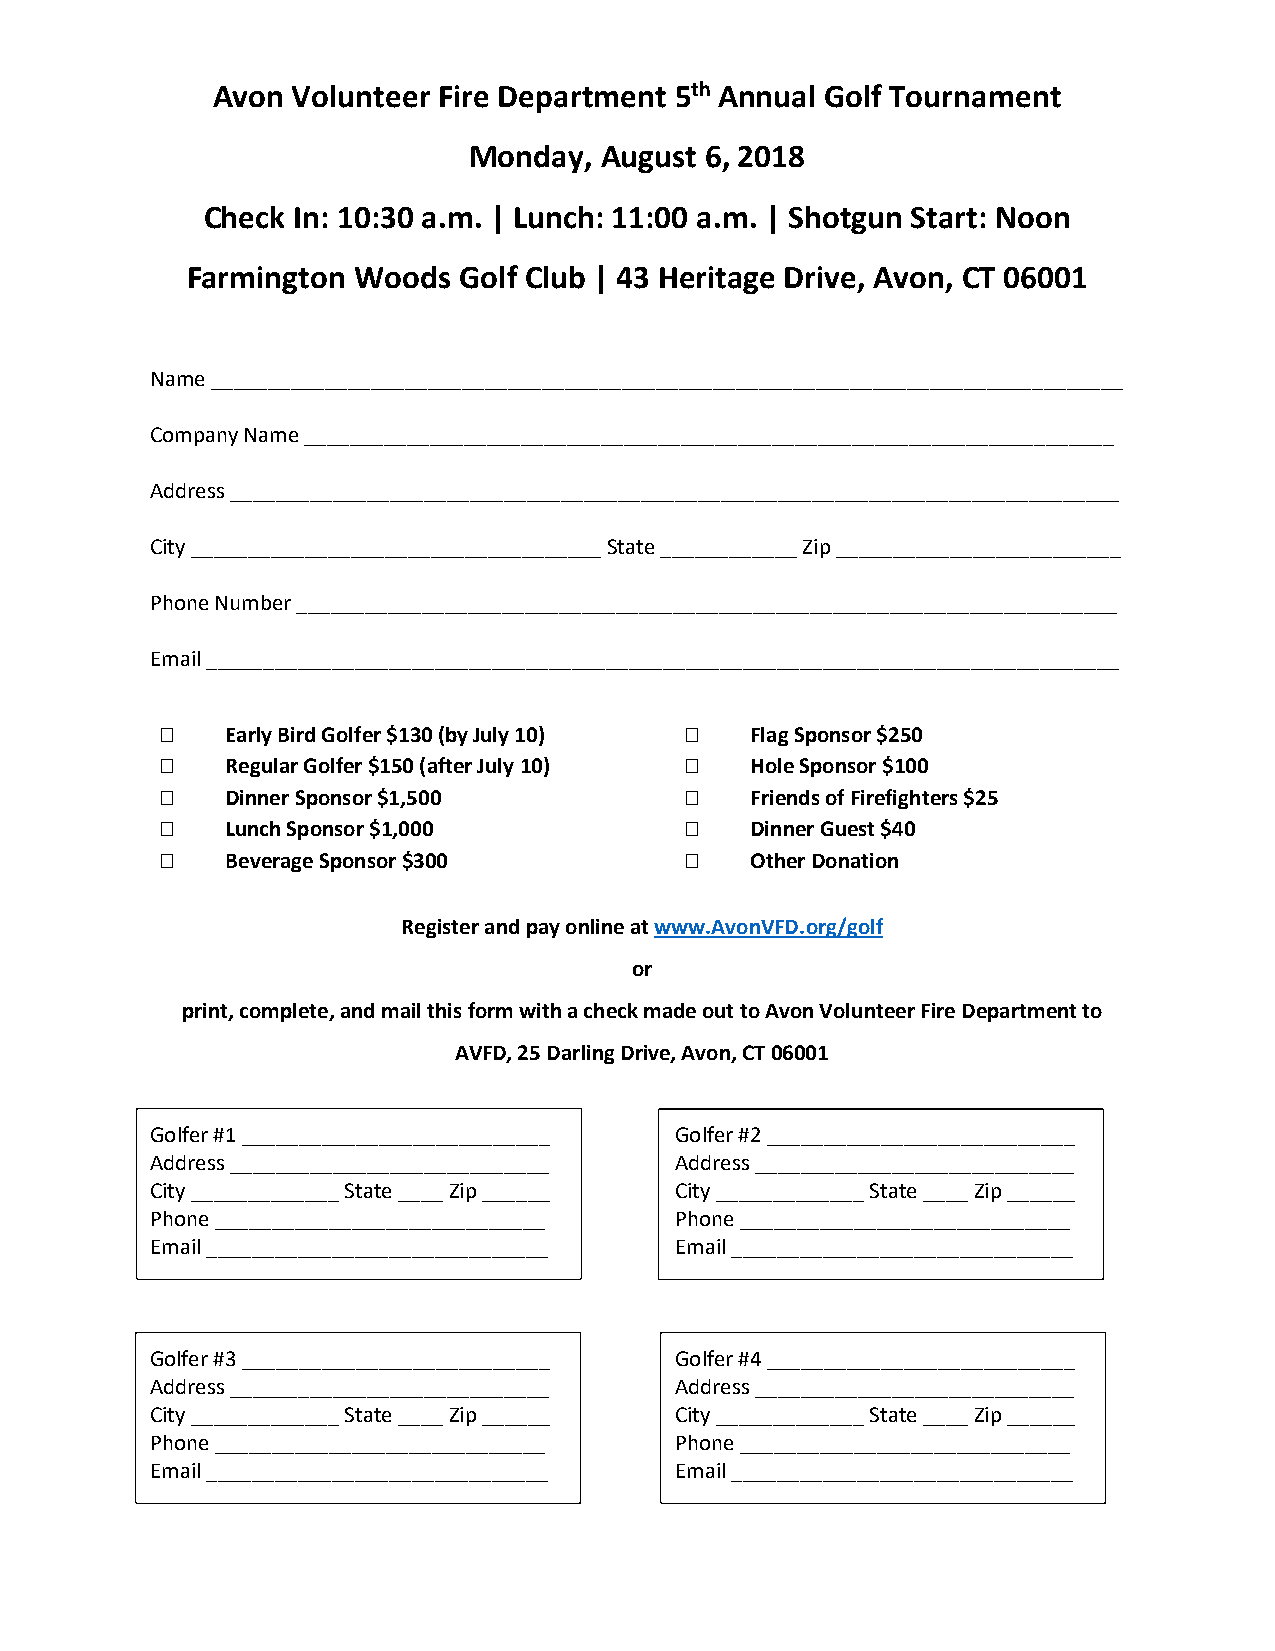
Avon Volunteer Fire Department 5th Annual Golf Tournament
 Monday,  August 6, 2018
 Check In: 10:30 a.m. | Lunch: 11:00 a.m. | Shotgun Start: Noon
 Farmington Woods  Golf Club | 43 Heritage Drive, Avon, CT 06001
 Name ________________________________________________________________________________
 Company Name _______________________________________________________________________
 Address ______________________________________________________________________________
 City ____________________________________ State ____________ Zip _________________________
 Phone Number ________________________________________________________________________
 Email ________________________________________________________________________________
    Early Bird Golfer $130 (by July 10)  Flag Sponsor $250
    Regular Golfer $150 (after July 10)  Hole Sponsor $100
    Dinner Sponsor $1,500             Friends of Firefighters $25
    Lunch Sponsor $1,000              Dinner Guest $40
    Beverage Sponsor $300             Other Donation
 Register and pay online at www.AvonVFD.org/golf
 or
 print, complete, and mail this form with a check made out to Avon Volunteer Fire Department to
 AVFD, 25 Darling Drive, Avon, CT 06001
 Golfer #1 ___________________________ Golfer #2 ___________________________
 Address ____________________________ Address ____________________________
 City _____________ State ____ Zip ______ City _____________ State ____ Zip ______
 Phone _____________________________ Phone _____________________________
 Email ______________________________ Email ______________________________
 Golfer #3 ___________________________ Golfer #4 ___________________________
 Address ____________________________ Address ____________________________
 City _____________ State ____ Zip ______ City _____________ State ____ Zip ______
 Phone _____________________________ Phone _____________________________
 Email ______________________________ Email ______________________________